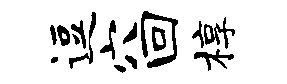
逗穴回椁